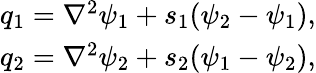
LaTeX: \begin{array}{r}{q_{1}=\nabla^{2}\psi_{1}+s_{1}(\psi_{2}-\psi_{1}),}\\ {q_{2}=\nabla^{2}\psi_{2}+s_{2}(\psi_{1}-\psi_{2}),}\end{array}